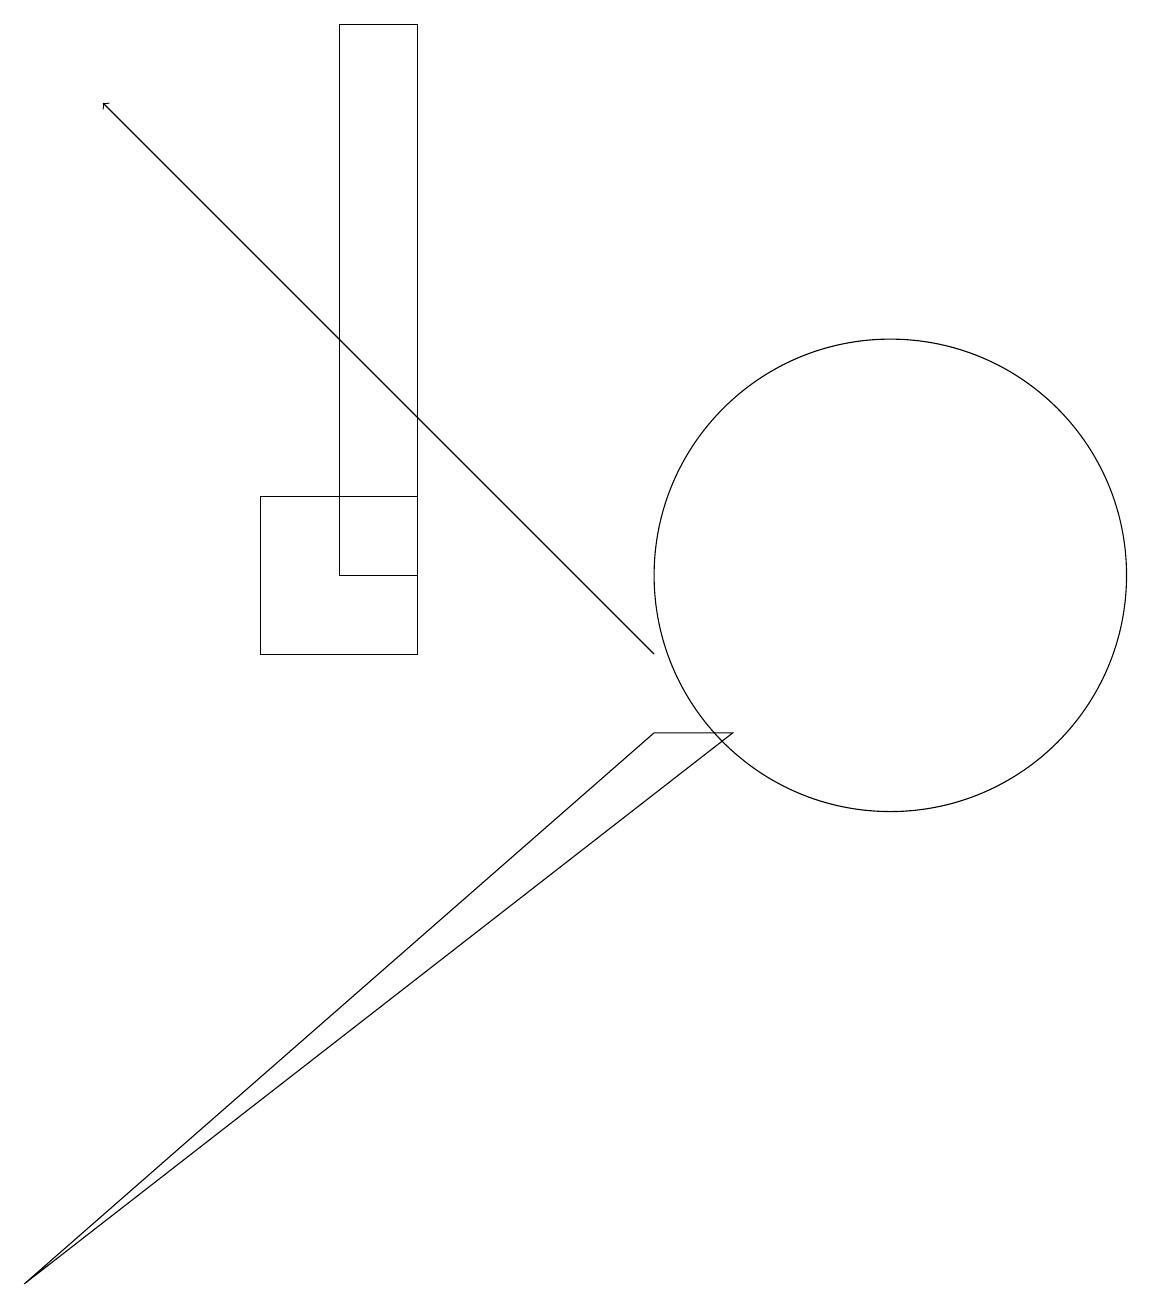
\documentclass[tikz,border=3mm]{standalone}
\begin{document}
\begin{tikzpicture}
\draw (11,11) circle (3);
\draw (5,18) rectangle (4,11);
\draw (3,10) rectangle (5,12);
\draw[->] (8,10) -- (1,17);
\draw (0,2) -- (8,9) -- (9,9) -- cycle;
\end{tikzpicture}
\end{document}